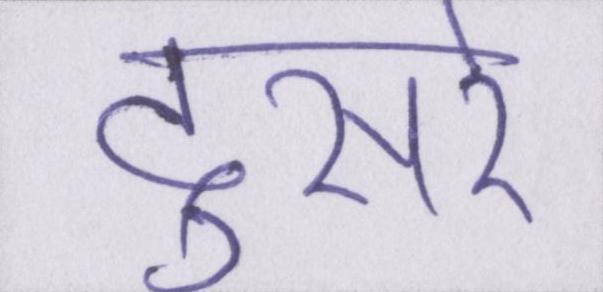
दूसरे